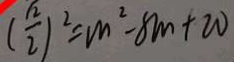
( \frac { \sqrt { 2 } } { 2 } ) ^ { 2 } = m ^ { 2 } - 8 m + 2 0